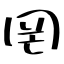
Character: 罔